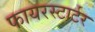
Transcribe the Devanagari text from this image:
फायरस्टार्टर